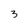
Character: 3